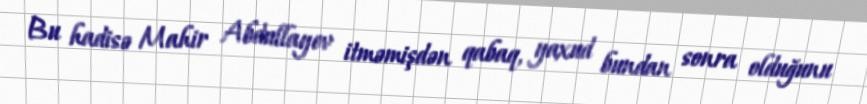
Bu hadisə Mahir Abdullayev itməmişdən qabaq, yaxud bundan sonra olduğunu